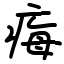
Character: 痗